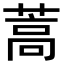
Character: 蒿